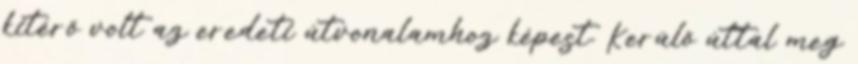
kitérő volt az eredeti útvonalamhoz képest. Kerülő úttal meg